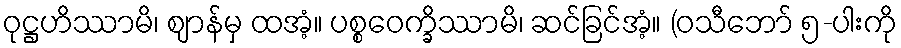
ဝုဋ္ဌဟိဿာမိ၊ ဈာန်မှ ထအံ့။ ပစ္စဝေက္ခိဿာမိ၊ ဆင်ခြင်အံ့။ (ဝသီဘော် ၅-ပါးကို